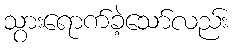
သွားရောက်ခဲ့သော်လည်း